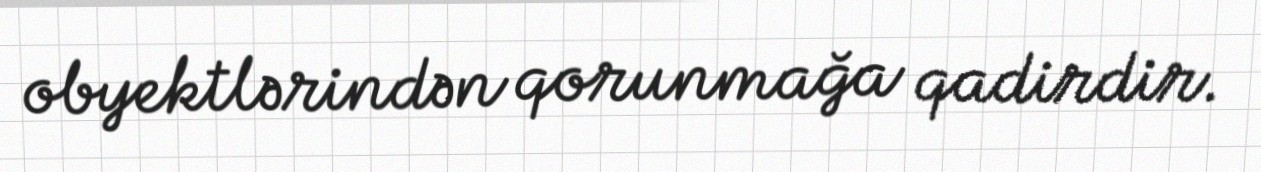
obyektlərindən qorunmağa qadirdir.